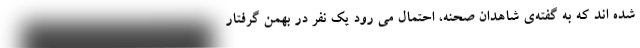
شده اند که به گفته‌ی شاهدان صحنه، احتمال می رود یک نفر در بهمن گرفتار